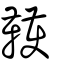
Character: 韄